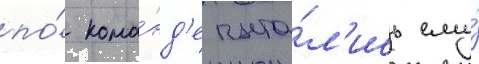
по́ кома́нд'е пыта́л'ись ему́